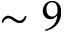
\sim 9